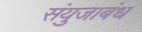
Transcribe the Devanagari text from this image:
संयुजाबंध